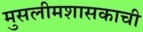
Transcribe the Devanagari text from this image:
मुसलीमशासकाची